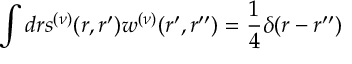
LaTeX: \int d r s ^ { ( \nu ) } ( r , r ^ { \prime } ) w ^ { ( \nu ) } ( r ^ { \prime } , r ^ { \prime \prime } ) = \frac 1 4 \delta ( r - r ^ { \prime \prime } )